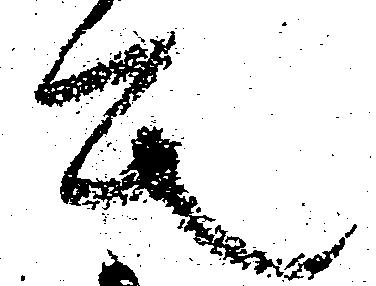
其